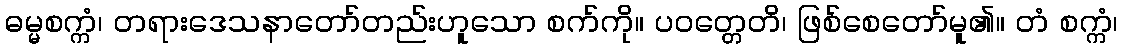
ဓမ္မစက္ကံ၊ တရားဒေသနာတော်တည်းဟူသော စက်ကို။ ပဝတ္တေတိ၊ ဖြစ်စေတော်မူ၏။ တံ စက္ကံ၊